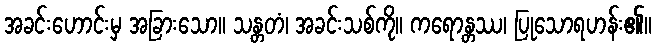
အခင်းဟောင်းမှ အခြားသော။ သန္တတံ၊ အခင်းသစ်ကို။ ကရောန္တဿ၊ ပြုသောရဟန်း၏။